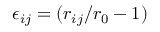
\epsilon _ { i j } = ( r _ { i j } / r _ { 0 } - 1 )